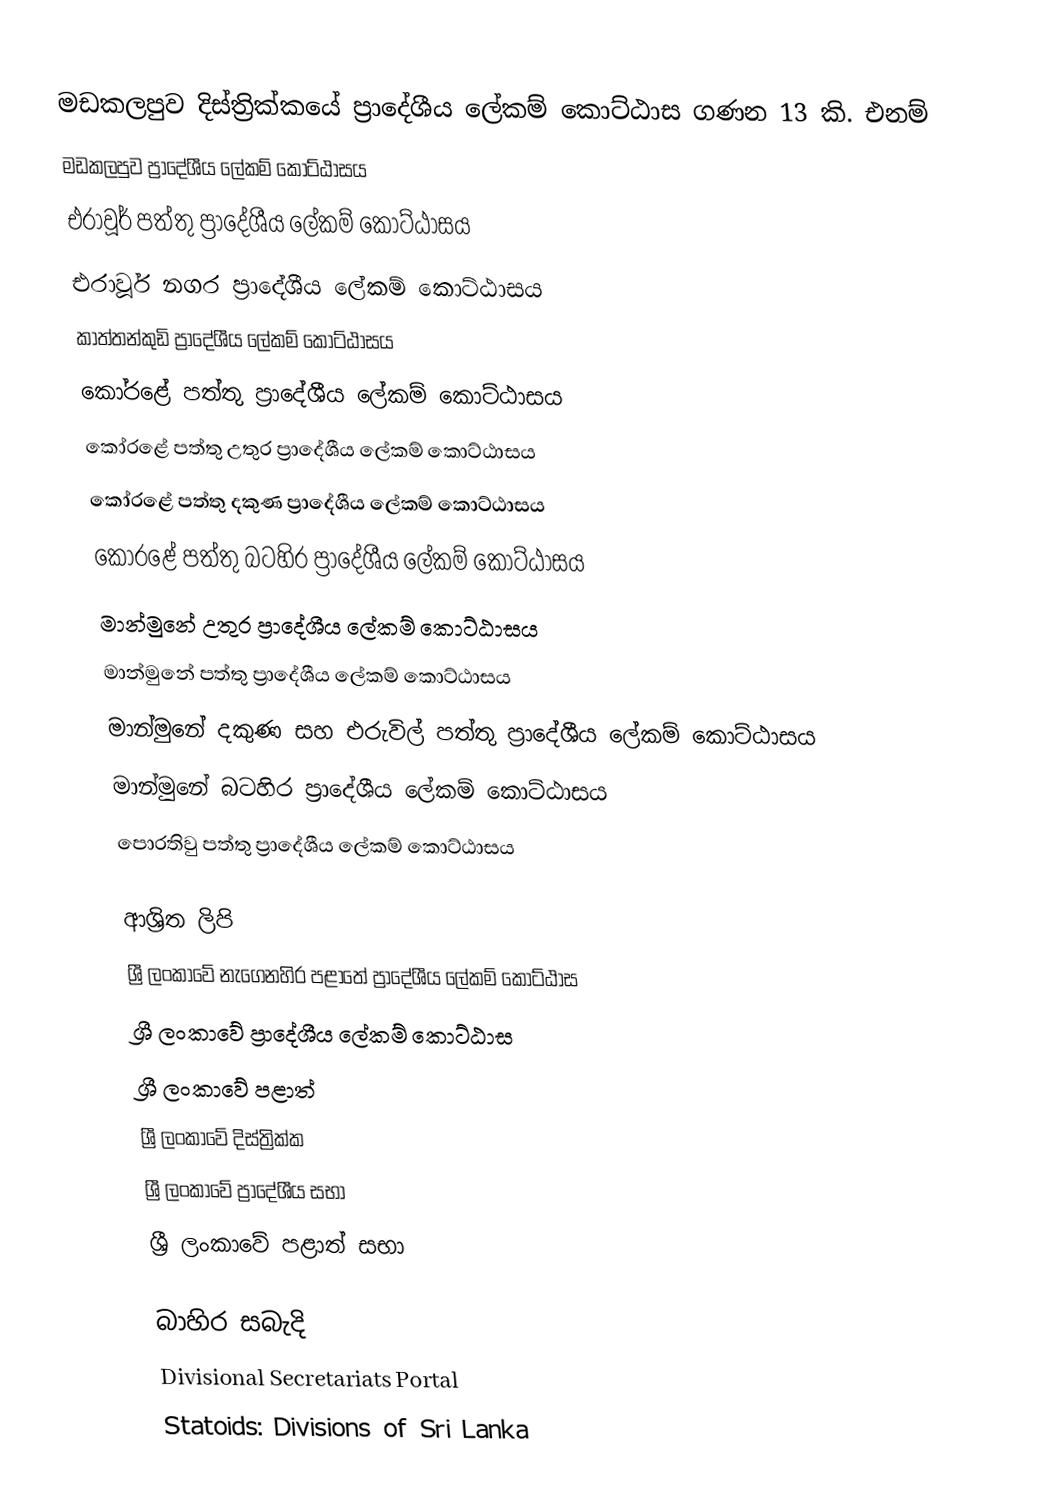
මඩකලපුව දිස්ත්‍රික්කයේ ප්‍රාදේශීය ලේකම් කොට්ඨාස ගණන 13 කි. එනම්
 මඩකලපුව ප්‍රාදේශීය ලේකම් කොට්ඨාසය
 එරාවූර් පත්තු ප්‍රාදේශීය ලේකම් කොට්ඨාසය
 එරාවූර් නගර ප්‍රාදේශීය ලේකම් කොට්ඨාසය
 කාත්තන්කුඩි ප්‍රාදේශීය ලේකම් කොට්ඨාසය
 කෝරළේ පත්තු ප්‍රාදේශීය ලේකම් කොට්ඨාසය
 කෝරළේ පත්තු උතුර ප්‍රාදේශීය ලේකම් කොට්ඨාසය
 කෝරළේ පත්තු දකුණ ප්‍රාදේශීය ලේකම් කොට්ඨාසය
 කෝරළේ පත්තු බටහිර ප්‍රාදේශීය ලේකම් කොට්ඨාසය
 මාන්මුනේ උතුර ප්‍රාදේශීය ලේකම් කොට්ඨාසය
 මාන්මුනේ පත්තු ප්‍රාදේශීය ලේකම් කොට්ඨාසය
 මාන්මුනේ දකුණ සහ එරුවිල් පත්තු ප්‍රාදේශීය ලේකම් කොට්ඨාසය
 මාන්මුනේ බටහිර ප්‍රාදේශීය ලේකම් කොට්ඨාසය
 පොරතිවු පත්තු ප්‍රාදේශීය ලේකම් කොට්ඨාසය

ආශ්‍රිත ලිපි
 ශ්‍රී ලංකාවේ නැගෙනහිර පළාතේ ප්‍රාදේශීය ලේකම් කොට්ඨාස
 ශ්‍රී ලංකාවේ ප්‍රාදේශීය ලේකම් කොට්ඨාස
 ශ්‍රී ලංකාවේ පළාත්
 ශ්‍රී ලංකාවේ දිස්ත්‍රික්ක
 ශ්‍රී ලංකාවේ ප්‍රාදේශීය සභා
 ශ්‍රී ලංකාවේ පළාත් සභා

බාහිර සබැදි
 Divisional Secretariats Portal
 Statoids: Divisions of Sri Lanka